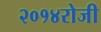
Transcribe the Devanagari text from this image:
२०१४रोजी